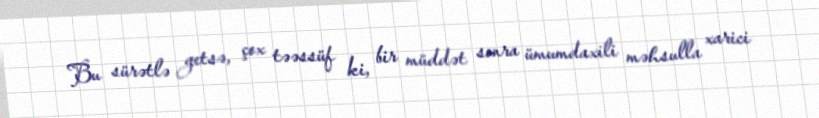
Bu sürətlə getsə, çox təəssüf ki, bir müddət sonra ümumdaxili məhsulla xarici